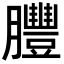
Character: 𦣂